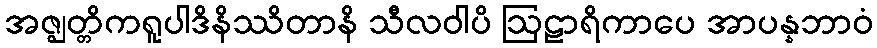
အဇ္ဈတ္တိကရူပါဒိနိဿိတာနိ သီလဝါပိ ဩဠာရိကာပေ အာပန္နဘာဝံ